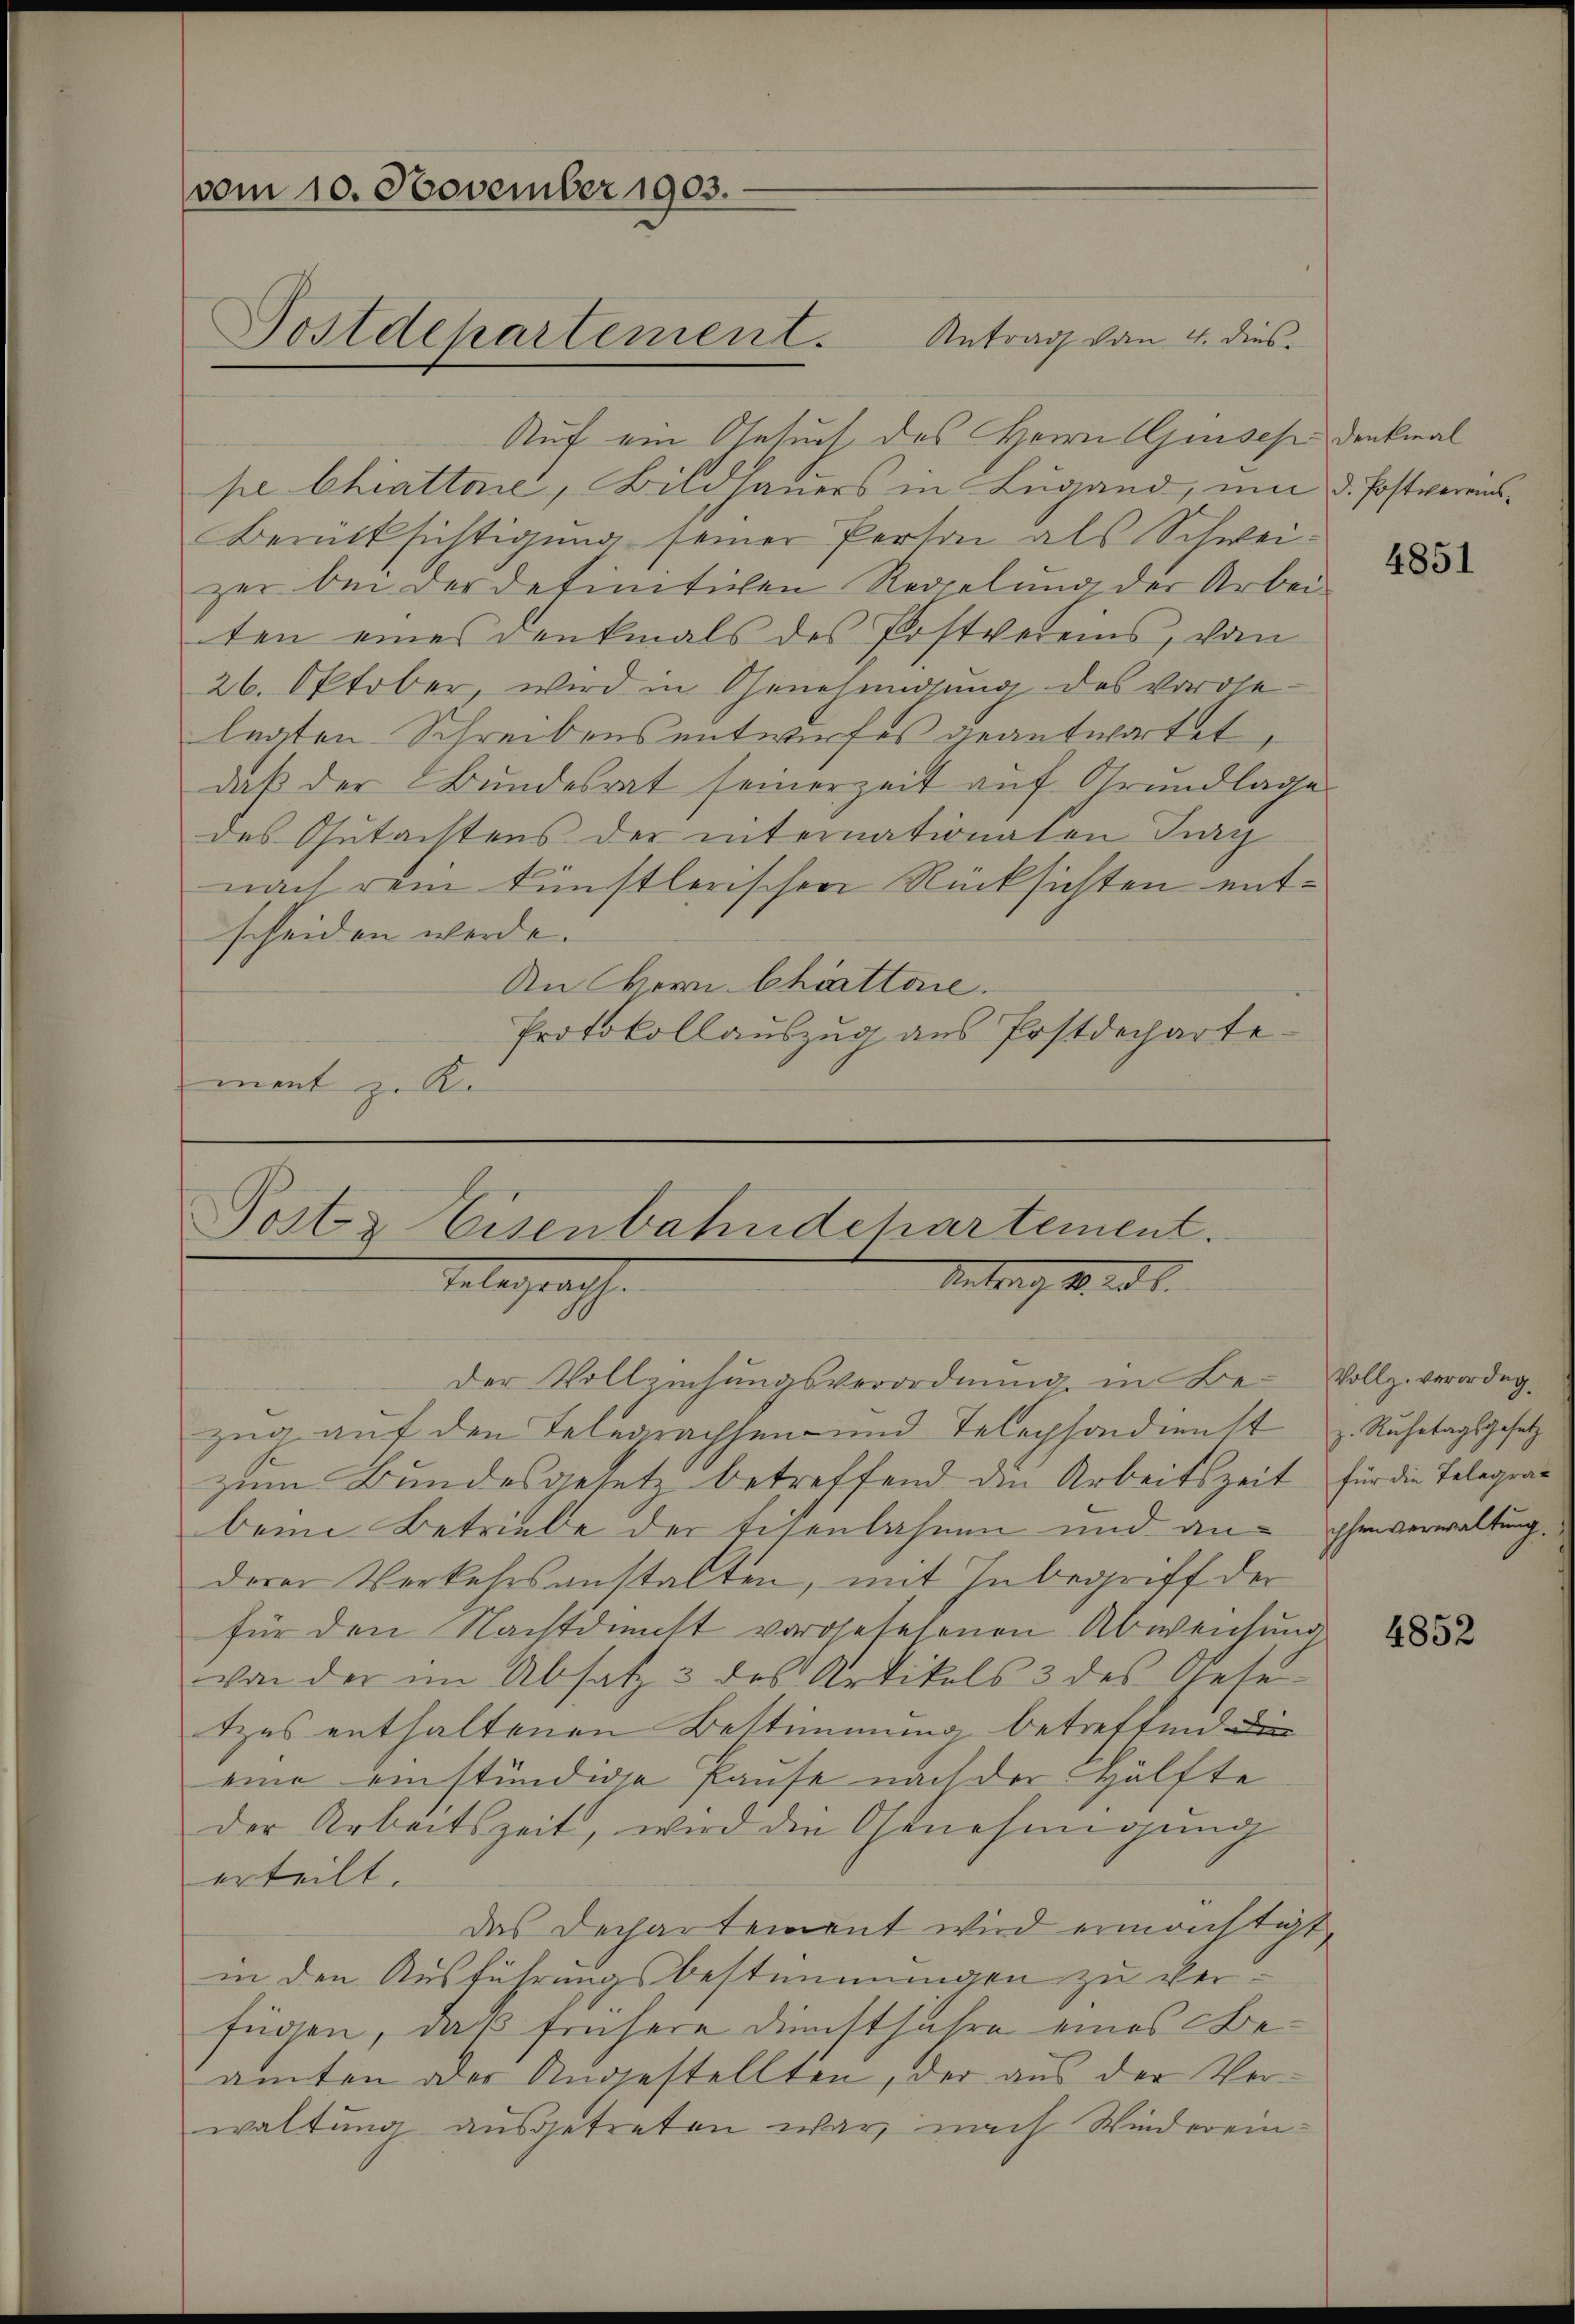
vom 10. November 1903.

Auf ein Gesuch des Herrn Einsehe Denkmal
pe Chiatto, Bildhauers in Lugand, um d. Postvereins¬
Berücksichtigung seiner Person als Schweizer bei der detinitiven Regelung der Arbei-
ten eines Denkmals des Postvereins, vom
26. Oktober, wird in Genehmigung des voröhe-
legten Schreibens entwurfes geantwortet
daß der Bundesrat seinerzeit auf Grundlage
des Gutachtens der internationalen Jug
nach rein künstlerischen Rücksichten entscheiden werde.
An Herr Chrattore.
Protokollauszug aus Postdepartemant z. R.

Post & Eisenbahndchartement.
Antrag M. ad 1.
Telegraphe

Postdepartement. Antrag von 4. dies

der Vollziehungsverordnŭng in Be- Vollz. verordngzug auf den Telegrachsen und Telephondienst u. Ruhetagsgesetz
zum Bundesgesetz betreffend die Arbeitszeit für die Telegrabeim Betriebe der Eisenbahnen und an phenverwaltung
derer Verkehrsanstalten, mit Inbegriff der
für den Nachtdunst vorgesehenen Abweichung
von der im Absatz 3 des Artikels 3 des Oese-
tzes enthaltenen Bestimmung betreffend die
eine einstündige Pause nach der Hälfte
der Arbeitszeit, wird die Genehmigung
erteilt.
das Dechartement wird ermächtigt,
in den Ausführungsbestimmungen zu verfügen, daß frühere Dienstjahre eines Beamten oder Angestellten, der aus der Verwaltung ausgetreten war, nach Wiederein¬

4851

4852